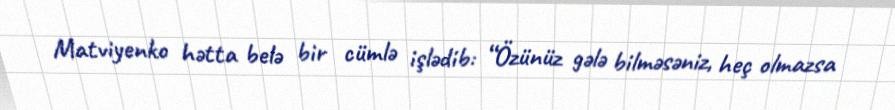
Matviyenko hətta belə bir cümlə işlədib: “Özünüz gələ bilməsəniz, heç olmazsa